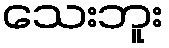
သေးဘူး